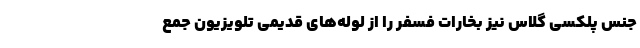
جنس پلکسی گلاس نیز بخارات فسفر را از لوله‌های قدیمی تلویزیون جمع